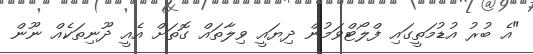
"އެ ބުރު އުޑުމަތީގައި ފްލޯޓްވަމުން ދިޔައީ ވިލާތައް ގޮތަށް އެއީ ދޫނިތަކެއް ނޫން